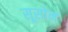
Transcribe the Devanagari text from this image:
सूसोन